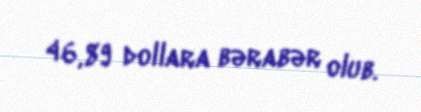
46,89 dollara bərabər olub.